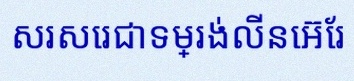
សរសេរជាទម្រង់លីនេអ៊ែរ